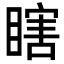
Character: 瞎